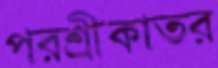
পরশ্রীকাতর